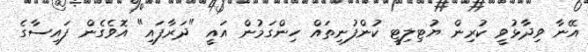
އޭނާ ވިދާޅުވީ ކުރިން ޔުޓިލިޓީ ކުންފުނިތައް ހިންގަމުން އައީ "ދަރާފައި" އޮވެގެން ފައިސާގެ